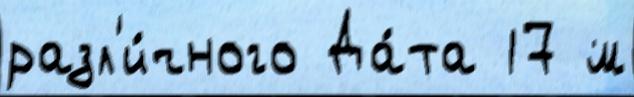
разл'и́чного Да́та 17 м